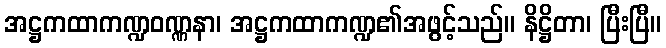
အဋ္ဌကထာကဏ္ဍဝဏ္ဏနာ၊ အဋ္ဌကထာကဏ္ဍ၏အဖွင့်သည်။ နိဋ္ဌိတာ၊ ပြီးပြီ။